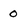
Character: 0